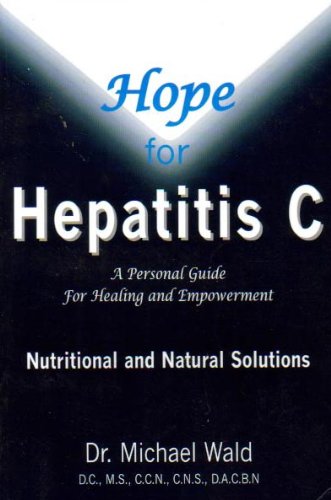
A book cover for Hope for Hepatitis C; Dr. Michael Wald; Health, Fitness & Dieting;